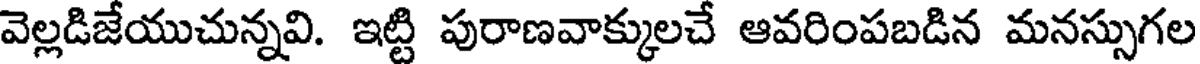
వెల్లడిజేయుచున్నవి. ఇట్టి పురాణవాక్కులచే ఆవరింపబడిన మనస్సుగల